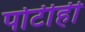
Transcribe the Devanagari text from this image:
पोटीही